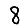
Digit: 8